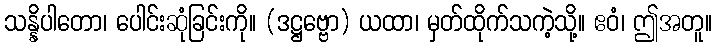
သန္နိပါတော၊ ပေါင်းဆုံခြင်းကို။ (ဒဋ္ဌဗ္ဗော) ယထာ၊ မှတ်ထိုက်သကဲ့သို့။ ဧဝံ၊ ဤအတူ။